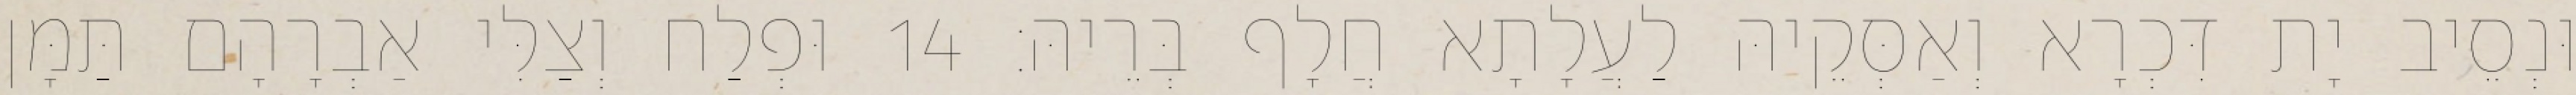
וּנְסֵיב יָת דִּכְרָא וְאַסְּקֵיהּ לַעֲלָתָא חֲלָף בְּרֵיהּ׃ 14 וּפְלַח וְצַלִּי אַבְרָהָם תַּמָּן